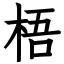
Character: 梧